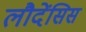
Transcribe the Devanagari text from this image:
लौदेंसिस